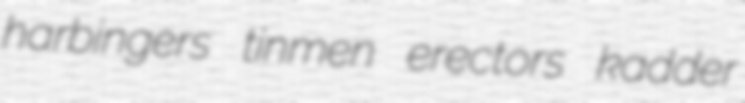
harbingers tinmen erectors kadder